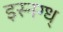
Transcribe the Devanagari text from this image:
इस्नग्ध्